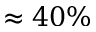
\approx 4 0 \%